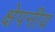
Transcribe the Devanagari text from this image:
क्षेपनीय